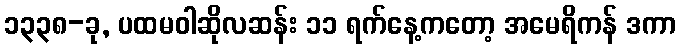
၁၃၃၈-ခု, ပထမဝါဆိုလဆန်း ၁၁ ရက်နေ့ကတော့ အမေရိကန် ဒကာ